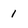
Character: 1